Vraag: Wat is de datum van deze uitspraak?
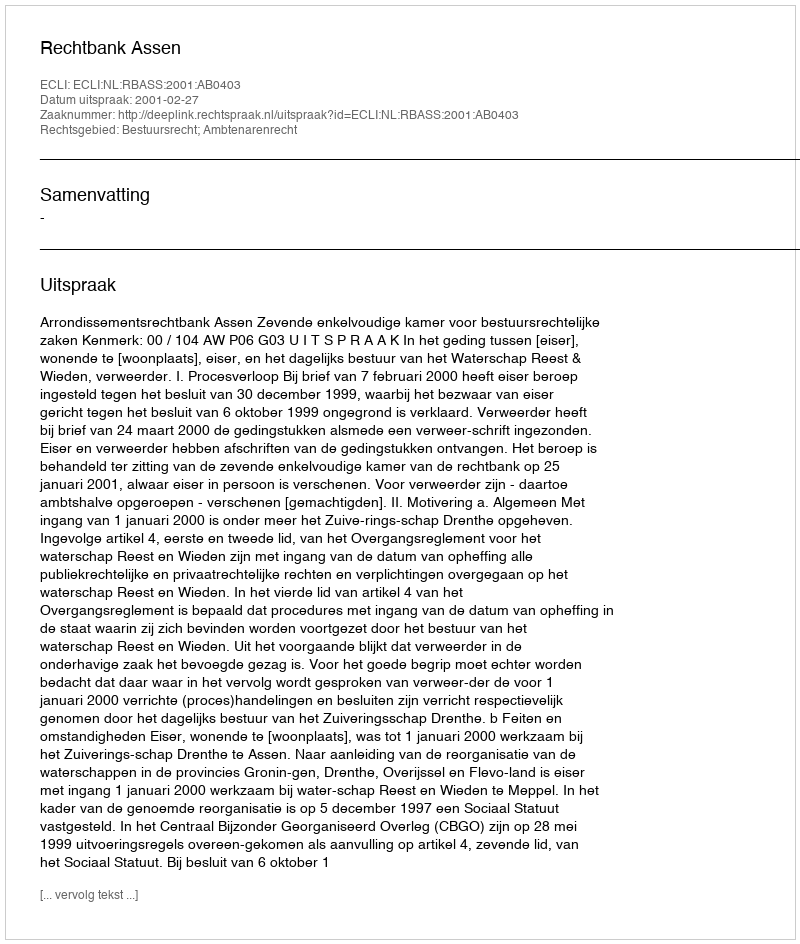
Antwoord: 2001-02-27